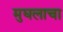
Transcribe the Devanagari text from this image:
मुघलाचा